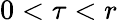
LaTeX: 0<\tau<r